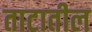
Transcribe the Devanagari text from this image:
ताटातील